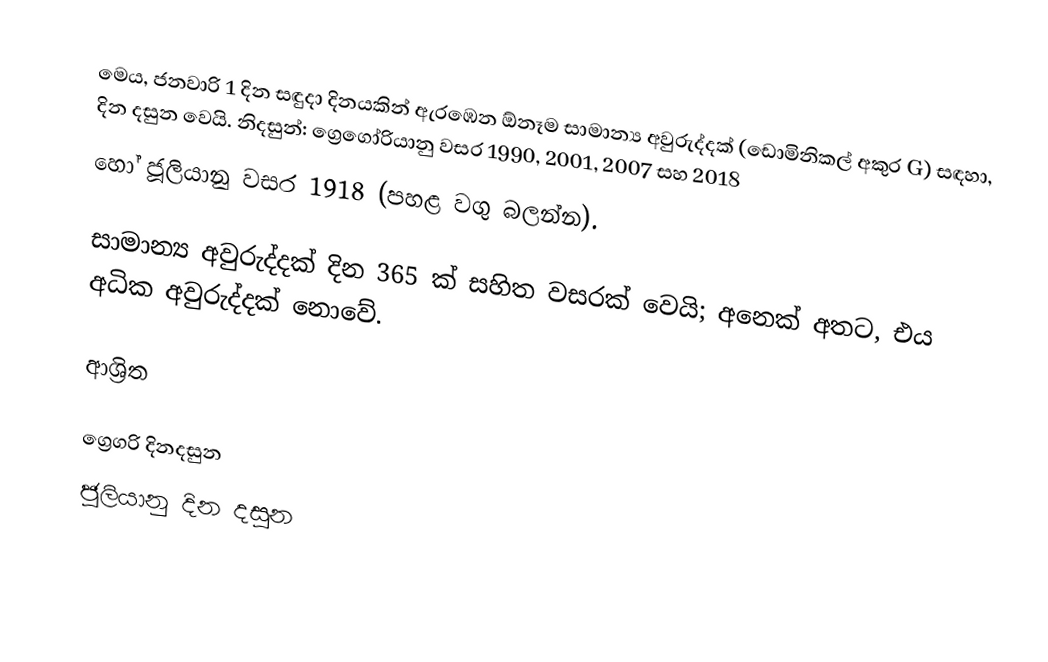
මෙය, ජනවාරි 1 දින සඳුදා දිනයකින් ඇරඹෙන ඕනෑම  සාමාන්‍ය අවුරුද්දක්  (ඩොමිනිකල් අකුර G) සඳහා,  දින දසුන වෙයි. නිදසුන්: ග්‍රෙගෝරියානු වසර 1990, 2001, 2007 සහ 2018
හෝ ජූලියානු වසර 1918 (පහළ වගු බලන්න).

සාමාන්‍ය අවුරුද්දක් දින 365 ක් සහිත වසරක් වෙයි; අනෙක් අතට, එය අධික අවුරුද්දක් නොවේ.

ආශ්‍රිත

ග්‍රෙගරි දිනදසුන
ජූලියානු දින දසුන